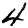
Digit: 4